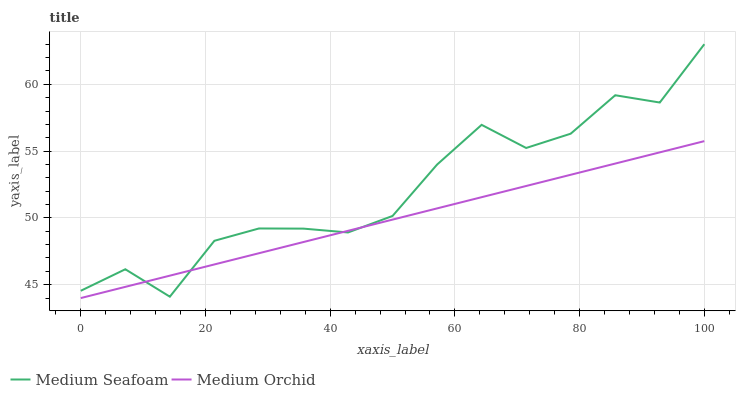
| xaxis_label | Medium Seafoam | Medium Orchid |
 | --- | --- | --- |
 | 0 | 44.5 | 44 |
 | 7.14 | 46.2 | 44.8 |
 | 14.3 | 44.1 | 45.7 |
 | 21.4 | 48.3 | 46.5 |
 | 28.6 | 49.2 | 47.4 |
 | 35.7 | 49.2 | 48.2 |
 | 42.9 | 48.9 | 49 |
 | 50 | 50.1 | 49.9 |
 | 57.1 | 54 | 50.7 |
 | 64.3 | 57 | 51.6 |
 | 71.4 | 55.2 | 52.4 |
 | 78.6 | 56.3 | 53.2 |
 | 85.7 | 59.2 | 54.1 |
 | 92.9 | 58.6 | 54.9 |
 | 100 | 63 | 55.7 |